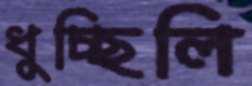
ধুচ্ছিলি